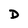
Character: D